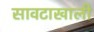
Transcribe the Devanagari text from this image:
सावटाखाली